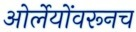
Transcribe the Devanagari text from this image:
ओर्लेयोंवरूनच